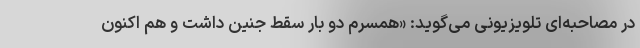
در مصاحبه‌ای تلویزیونی می‌گوید: «همسرم دو بار سقط جنین داشت و هم اکنون